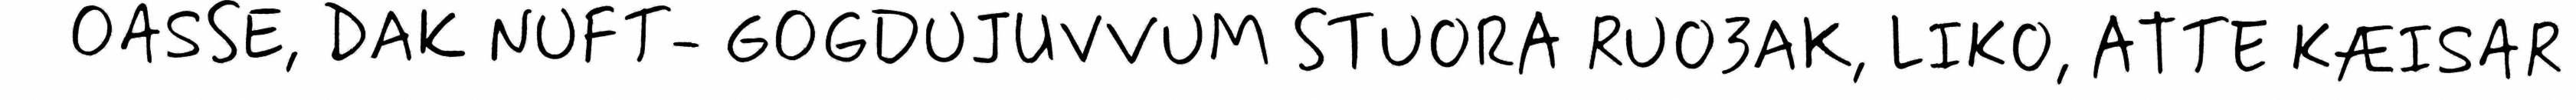
OASSE, DAK NUFT- GOGDUJUVVUM STUORA RUO3AK, LIKO, ATTE KÆISAR